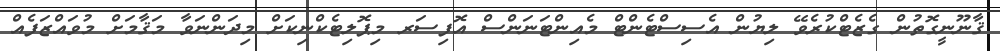
ޤާނޫނީގޮތުން ގެޒެޓްކުރެވޭ ލިޔުން އެސިސްޓެންޓް މެއިންޓަނަންސް އޮފިސަރ މިޕޮލިޓެކްނިކަށް މިދަންނަވާ މަޤާމަށް މުވައްޒަފެއް